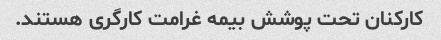
کارکنان تحت پوشش بیمه غرامت کارگری هستند.